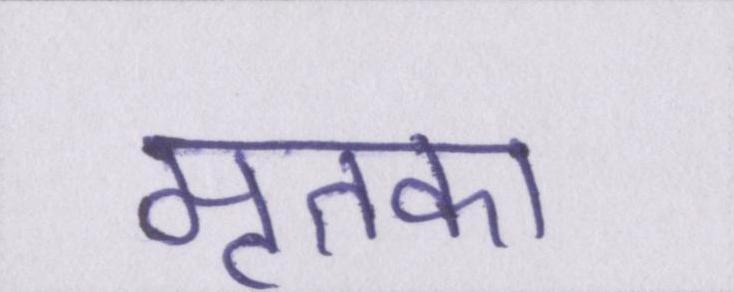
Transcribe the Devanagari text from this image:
मृतका